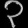
Digit: ၃